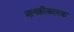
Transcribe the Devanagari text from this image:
मानकीकारक